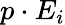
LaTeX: p\cdot E_{i}